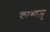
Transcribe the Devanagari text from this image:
काबाज़ु